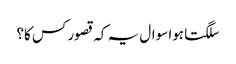
سلگتا ہوا سوال یہ کہ قصور کس کا؟